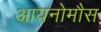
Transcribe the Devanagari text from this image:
आयनोमौस